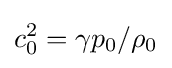
c_{0}^{2}=\gamma p_{0}/\rho _{0}